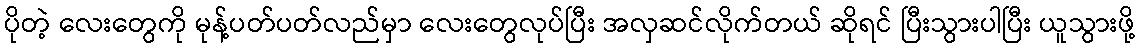
ပိုတဲ့ လေးတွေကို မုန့်ပတ်ပတ်လည်မှာ လေးတွေလုပ်ပြီး အလှဆင်လိုက်တယ် ဆိုရင် ပြီးသွားပါပြီး ယူသွားဖို့